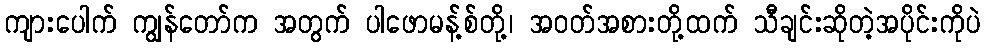
ကျားပေါက် ကျွန်တော်က အတွက် ပါဖောမန့်စ်တို့၊ အဝတ်အစားတို့ထက် သီချင်းဆိုတဲ့အပိုင်းကိုပဲ